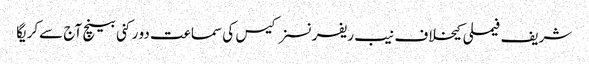
شریف فیملی کیخلاف نیب ریفرنسز کیس کی سماعت دو رکنی بینچ آج سےکریگا